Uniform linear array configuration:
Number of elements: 8
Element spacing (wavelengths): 0.75
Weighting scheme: cosine
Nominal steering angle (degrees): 15
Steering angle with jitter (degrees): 16.598
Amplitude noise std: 0.05
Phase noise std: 0.05

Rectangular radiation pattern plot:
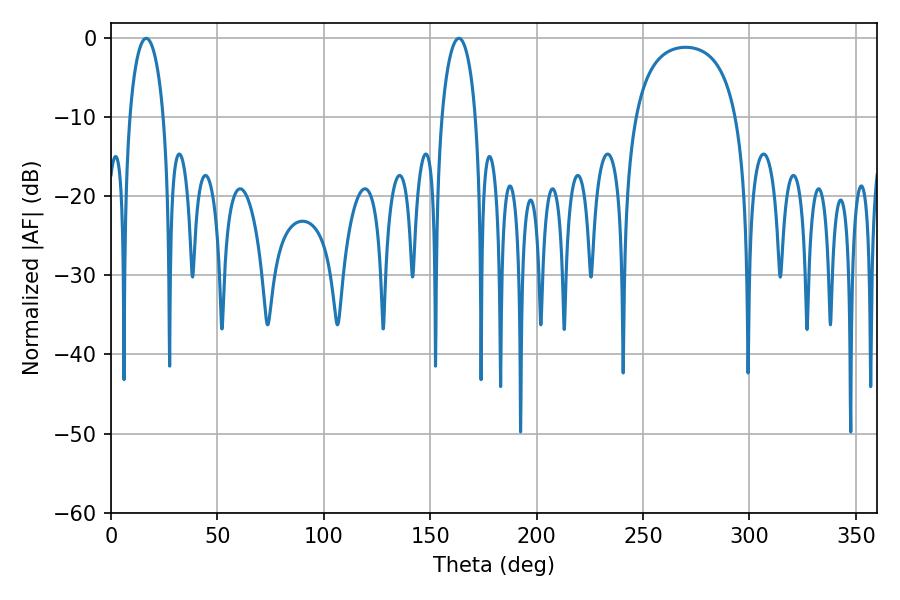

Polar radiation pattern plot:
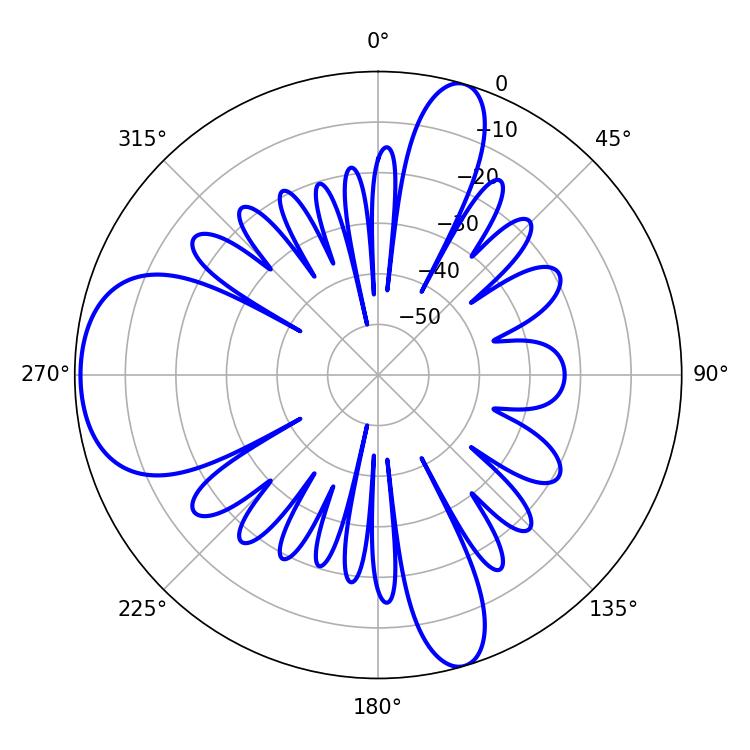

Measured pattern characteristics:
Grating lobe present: TRUE
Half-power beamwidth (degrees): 9
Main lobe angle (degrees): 16.56